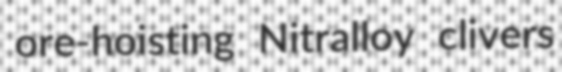
ore-hoisting Nitralloy clivers